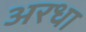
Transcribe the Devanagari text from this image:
अरधा